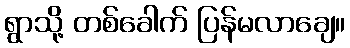
ရွာသို့ တစ်ခေါက် ပြန်မလာချေ။